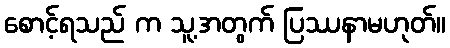
စောင့်ရသည် က သူ့အတွက် ပြဿနာမဟုတ်။